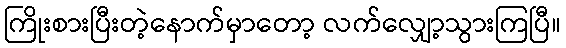
ကြိုးစားပြီးတဲ့နောက်မှာတော့ လက်လျှော့သွားကြပြီ။